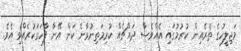
މަޖިލީހުގެ ތެރެއިން ކުރުމުގައި އެއްވެސް ދައްޗެއް ކުރިމަތިނުވާނެ ކަން އޭނާ ފާހަގަކުރެއްވި އެވެ.